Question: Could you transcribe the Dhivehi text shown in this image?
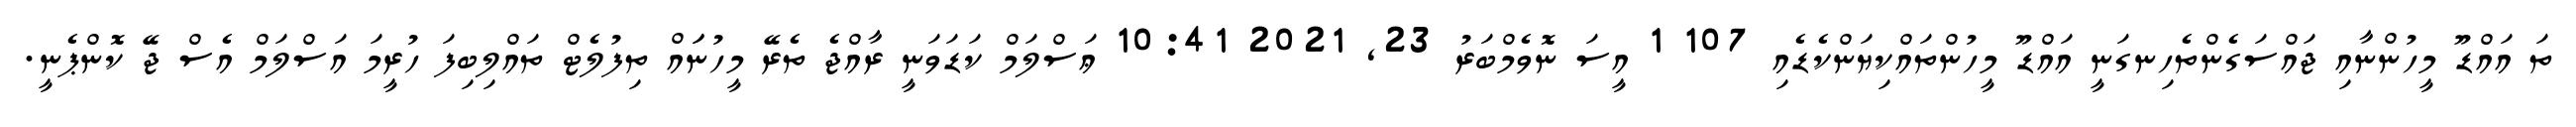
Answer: ތަ އައްޑޫ މީހުންނާއި ޖައްސަގެންތެހިނގަނީ އައްޑޫ މީހުންތައްކިޔަންކެޑެއި 107 1 އީސަ ނޮވެމްބަރު 23, 2021 10:41 ޢަސްލަމް ކަޑަވަނީ ރާއްޖެ ތެރޭ މީހުނަައް ތިފުލެޓް ތައްލިބިފަ ހުރީމަ އަސްލަމް އެސް ޖޭ ކޮންޕެނީ.